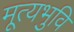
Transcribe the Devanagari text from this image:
मूत्यभुवि